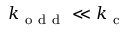
k _ { \mathrm { ~ o ~ d ~ d ~ } } \ll k _ { \mathrm { ~ c ~ } }